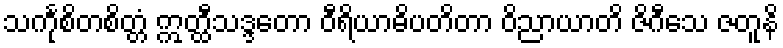
သင်္ကုစိတစိတ္တံ ဣတ္ထီသဒ္ဒတော ဝီရိယာဓိပတိတာ ဝိညာယာတိ ဇိဂီသေ ဇတူနိ